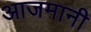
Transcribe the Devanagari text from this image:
आजमानी